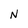
Character: N